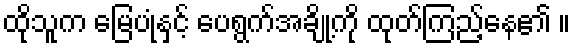
ထိုသူက မြေပုံနှင့် ပေရွက်အချို့ကို ထုတ်ကြည့်နေ၏ ။